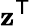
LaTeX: \mathbf{z}^{\textsf{{T}}}